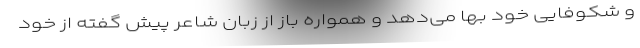
و شکوفایی خود بها می‌دهد و همواره باز از زبان شاعر پیش گفته از خود